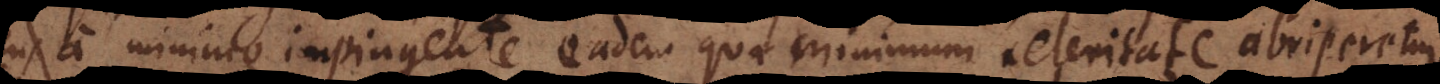
a minimo impingente eadem qua minimum celeritate abriperetur,